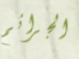
الجرائم